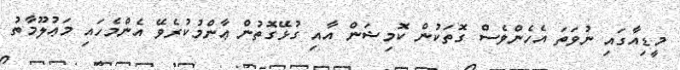
މީޑިއާގައި ނުވަތަ އެހެންވެސް ގޮތަކުން ކޮމިޝަން އާއި ގުޅޭގޮތުން ޢާންމުކުރެވޭ އެންމެހައި މަޢުލޫމާތު